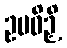
ဥပဓိဉှိ